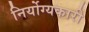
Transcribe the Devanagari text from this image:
निर्योग्यकारी